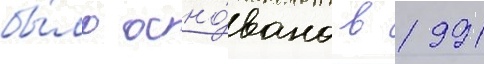
бы́ло осно́вано в 1991